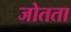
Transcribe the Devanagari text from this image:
जोतता